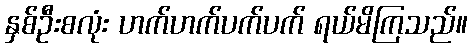
နှစ်ဦးစလုံး ဟက်ဟက်ပက်ပက် ရယ်မိကြသည်။